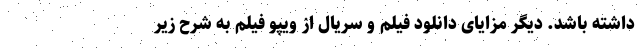
داشته باشد. دیگر مزایای دانلود فیلم و سریال از ویپو فیلم به شرح زیر